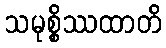
သမုစ္စိဿထာတိ